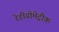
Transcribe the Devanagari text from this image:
रेडीयोमेट्रीक